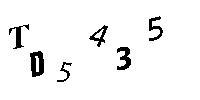
TD5435